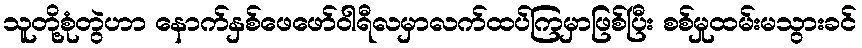
သူတို့စုံတွဲဟာ နောက်နှစ်ဖေဖော်ဝါရီလမှာလက်ထပ်ကြမှာဖြစ်ပြီး စစ်မှုထမ်းမသွားခင်